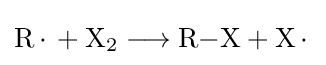
{\mathrm {R} \,{\cdot }\,{}+{}\mathrm {X} {\vphantom {A}}_{\smash[{t}]{2}}{}\mathrel {\longrightarrow } {}\mathrm {R} {-}\mathrm {X} {}+{}\mathrm {X} \,{\cdot }\,}